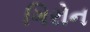
ગિરોન